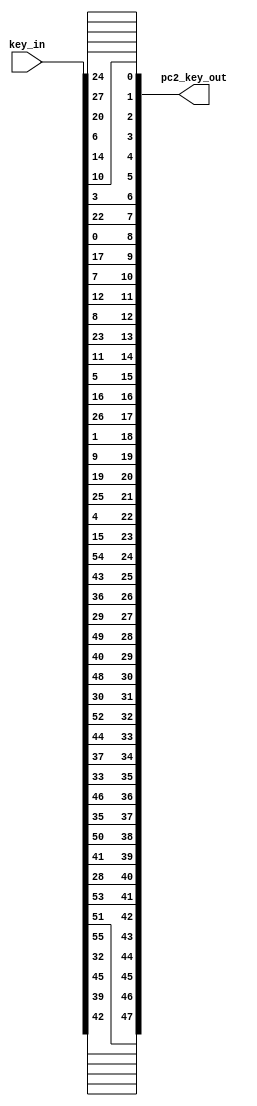
`timescale 1ns / 1ps
module Permuted_Choice_2(
    input [1:56] key_in,
    output [1:48] pc2_key_out
    );
    
assign pc2_key_out[1] = key_in[14];
assign pc2_key_out[2] = key_in[17];
assign pc2_key_out[3] = key_in[11];
assign pc2_key_out[4] = key_in[24];
assign pc2_key_out[5] = key_in[1];
assign pc2_key_out[6] = key_in[5];

assign pc2_key_out[7] = key_in[3];
assign pc2_key_out[8] = key_in[28];
assign pc2_key_out[9] = key_in[15];
assign pc2_key_out[10] = key_in[6];
assign pc2_key_out[11] = key_in[21];
assign pc2_key_out[12] = key_in[10];

assign pc2_key_out[13] = key_in[23];
assign pc2_key_out[14] = key_in[19];
assign pc2_key_out[15] = key_in[12];
assign pc2_key_out[16] = key_in[4];
assign pc2_key_out[17] = key_in[26];
assign pc2_key_out[18] = key_in[8];

assign pc2_key_out[19] = key_in[16];
assign pc2_key_out[20] = key_in[7];
assign pc2_key_out[21] = key_in[27];
assign pc2_key_out[22] = key_in[20];
assign pc2_key_out[23] = key_in[13];
assign pc2_key_out[24] = key_in[2];

assign pc2_key_out[25] = key_in[41];
assign pc2_key_out[26] = key_in[52];
assign pc2_key_out[27] = key_in[31];
assign pc2_key_out[28] = key_in[37];
assign pc2_key_out[29] = key_in[47];
assign pc2_key_out[30] = key_in[55];

assign pc2_key_out[31] = key_in[30];
assign pc2_key_out[32] = key_in[40];
assign pc2_key_out[33] = key_in[51];
assign pc2_key_out[34] = key_in[45];
assign pc2_key_out[35] = key_in[33];
assign pc2_key_out[36] = key_in[48];

assign pc2_key_out[37] = key_in[44];
assign pc2_key_out[38] = key_in[49];
assign pc2_key_out[39] = key_in[39];
assign pc2_key_out[40] = key_in[56];
assign pc2_key_out[41] = key_in[34];
assign pc2_key_out[42] = key_in[53];

assign pc2_key_out[43] = key_in[46];
assign pc2_key_out[44] = key_in[42];
assign pc2_key_out[45] = key_in[50];
assign pc2_key_out[46] = key_in[36];
assign pc2_key_out[47] = key_in[29];
assign pc2_key_out[48] = key_in[32];
endmodule